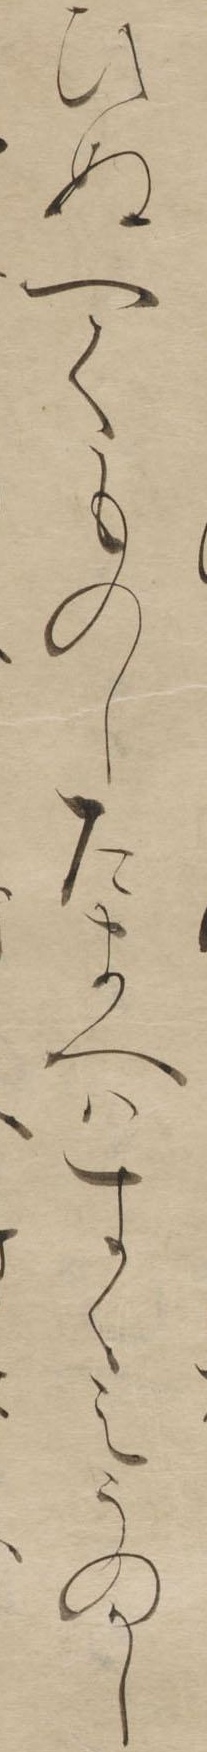
ひぬへくものしたまへはすくえうのかし